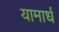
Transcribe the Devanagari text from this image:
यामार्ध